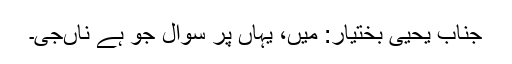
جناب یحییٰ بختیار: میں، یہاں پر سوال جو ہے ناںجی۔